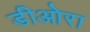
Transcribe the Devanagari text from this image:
डीओरा